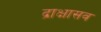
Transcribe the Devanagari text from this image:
द्राक्षासव